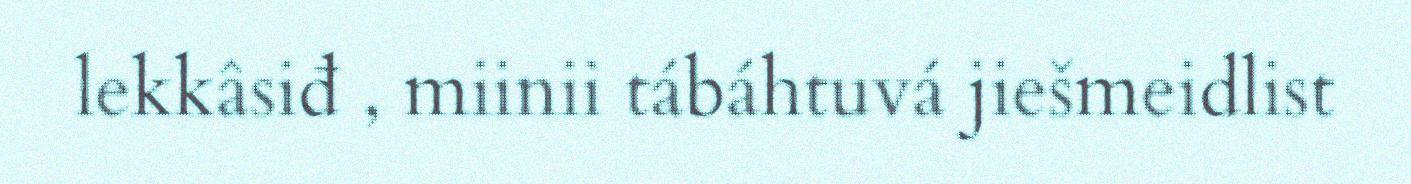
lekkâsiđ , miinii tábáhtuvá jiešmeidlist